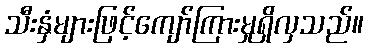
သီးနှံများဖြင့်ကျော်ကြားမှုရှိလှသည်။